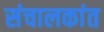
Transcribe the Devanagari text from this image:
संचालकांत